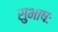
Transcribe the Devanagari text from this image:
सुभाषः